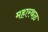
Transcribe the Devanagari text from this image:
महारथळ